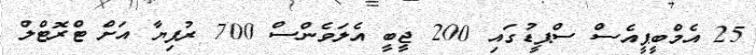
25 އެމްބީޕީއެސް ސްޕީޑުގައި 200 ޖީބީ އެލަވެންސް 700 ރުފިޔާ އަށް ޓްރޮޓްލް